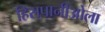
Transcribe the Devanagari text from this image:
हिसपानीओला